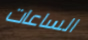
الساعات